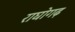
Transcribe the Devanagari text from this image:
राघोगढ़